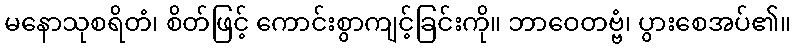
မနောသုစရိတံ၊ စိတ်ဖြင့် ကောင်းစွာကျင့်ခြင်းကို။ ဘာဝေတဗ္ဗံ၊ ပွားစေအပ်၏။